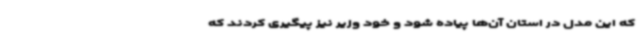
که این مدل در استان آن‌ها پیاده شود و خود وزیر نیز پیگیری کردند که